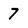
Character: 7